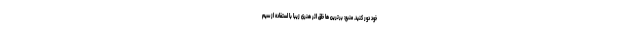
خود دور کنید. منبع: برترین ها خلق اثر هنری زیبا با استفاده از سیم